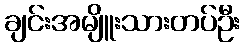
ချင်းအမျိူးသားတပ်ဦး